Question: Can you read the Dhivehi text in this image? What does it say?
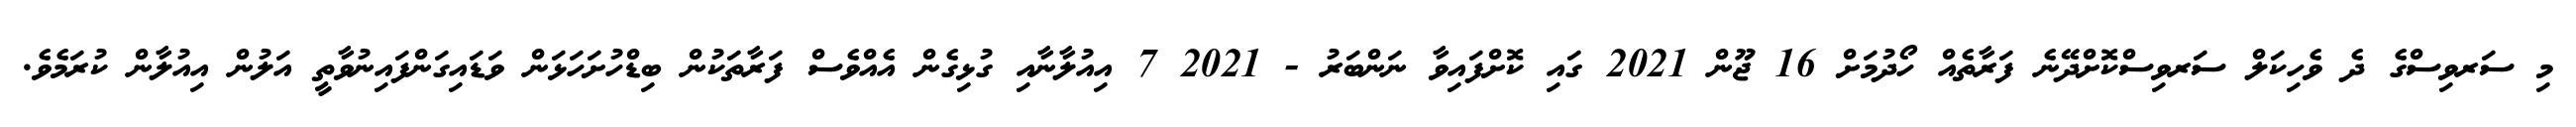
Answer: މި ސަރވިސްގެ ދެ ވެހިކަލް ސަރވިސްކޮށްދޭނެ ފަރާތެއް ހޯދުމަށް 16 ޖޫން 2021 ގައި ކޮށްފައިވާ ނަންބަރު - 2021 7 އިއުލާނާއި ގުޅިގެން އެއްވެސް ފަރާތަކުން ބިޑްހުށަހަޅަން ވަޑައިގަންފައިނުވާތީ އަލުން އިއުލާން ކުރަމެވެ.